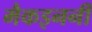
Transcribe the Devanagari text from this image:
मैकइनर्नी